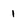
Character: 1